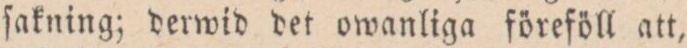
ſakning, derwid det owanliga föreföll att,